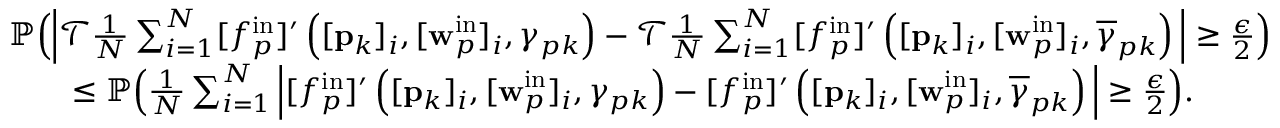
\begin{array} { r l } & { \mathbb { P } \Big ( \Big | \mathcal { T } \frac { 1 } { N } \sum _ { i = 1 } ^ { N } [ f _ { p } ^ { \mathrm { i n } } ] ^ { \prime } \left( [ \mathbf { p } _ { k } ] _ { i } , [ \mathbf { w } _ { p } ^ { \mathrm { i n } } ] _ { i } , \gamma _ { p k } \right) - \mathcal { T } \frac { 1 } { N } \sum _ { i = 1 } ^ { N } [ f _ { p } ^ { \mathrm { i n } } ] ^ { \prime } \left( [ \mathbf { p } _ { k } ] _ { i } , [ \mathbf { w } _ { p } ^ { \mathrm { i n } } ] _ { i } , \overline { { \gamma } } _ { p k } \right) \Big | \geq \frac { \epsilon } { 2 } \Big ) } \\ & { \qquad \leq \mathbb { P } \Big ( \frac { 1 } { N } \sum _ { i = 1 } ^ { N } \Big | [ f _ { p } ^ { \mathrm { i n } } ] ^ { \prime } \left( [ \mathbf { p } _ { k } ] _ { i } , [ \mathbf { w } _ { p } ^ { \mathrm { i n } } ] _ { i } , \gamma _ { p k } \right) - [ f _ { p } ^ { \mathrm { i n } } ] ^ { \prime } \left( [ \mathbf { p } _ { k } ] _ { i } , [ \mathbf { w } _ { p } ^ { \mathrm { i n } } ] _ { i } , \overline { { \gamma } } _ { p k } \right) \Big | \geq \frac { \epsilon } { 2 } \Big ) . } \end{array}